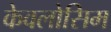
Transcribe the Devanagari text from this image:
केवलोसिम